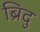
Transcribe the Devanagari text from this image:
ब्रिदु